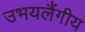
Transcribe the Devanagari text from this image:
उभयलैंगीय